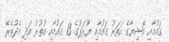
ގައުމާއި އޭޝިޔާގެ ހަތަރު ގައުމާއި ޔޫރަޕުގެ 13 ގައުމާއި އުތުރު އަދި މެދުތެރޭ